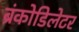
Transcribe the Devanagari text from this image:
ब्रंकोडिलेटर